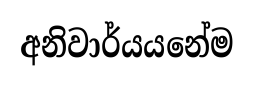
අනිවාර්යයනේම